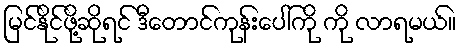
မြင်နိုင်ဖို့ဆိုရင် ဒီတောင်ကုန်းပေါ်ကို ကို လာရမယ်။